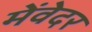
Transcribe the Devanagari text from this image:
मेंवेदर